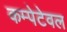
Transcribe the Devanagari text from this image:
कम्पेटेवल